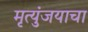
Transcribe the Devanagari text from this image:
मृत्युंजयाचा